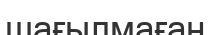
шағылмаған